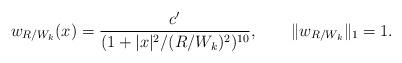
LaTeX: \begin{align*} w_{R/W_k}(x)=\frac{c'}{(1+|x|^2/(R/W_k)^2)^{10}},\qquad\|w_{R/W_k}\|_1=1. \end{align*}